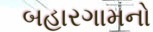
બહારગામનો